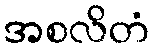
အစလိတံ